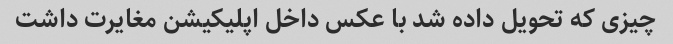
چیزی که تحویل داده شد با عکس داخل اپلیکیشن مغایرت داشت